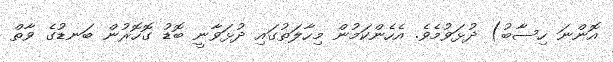
އޮންނަ ހިސާބު) ދުޅަވުމެވެ. އެހެންކަމުން މިހާލަތުގައި ދުޅަވާނީ ބޮޑު ގޮހޮރުން ބަނޑުގެ ވާތް